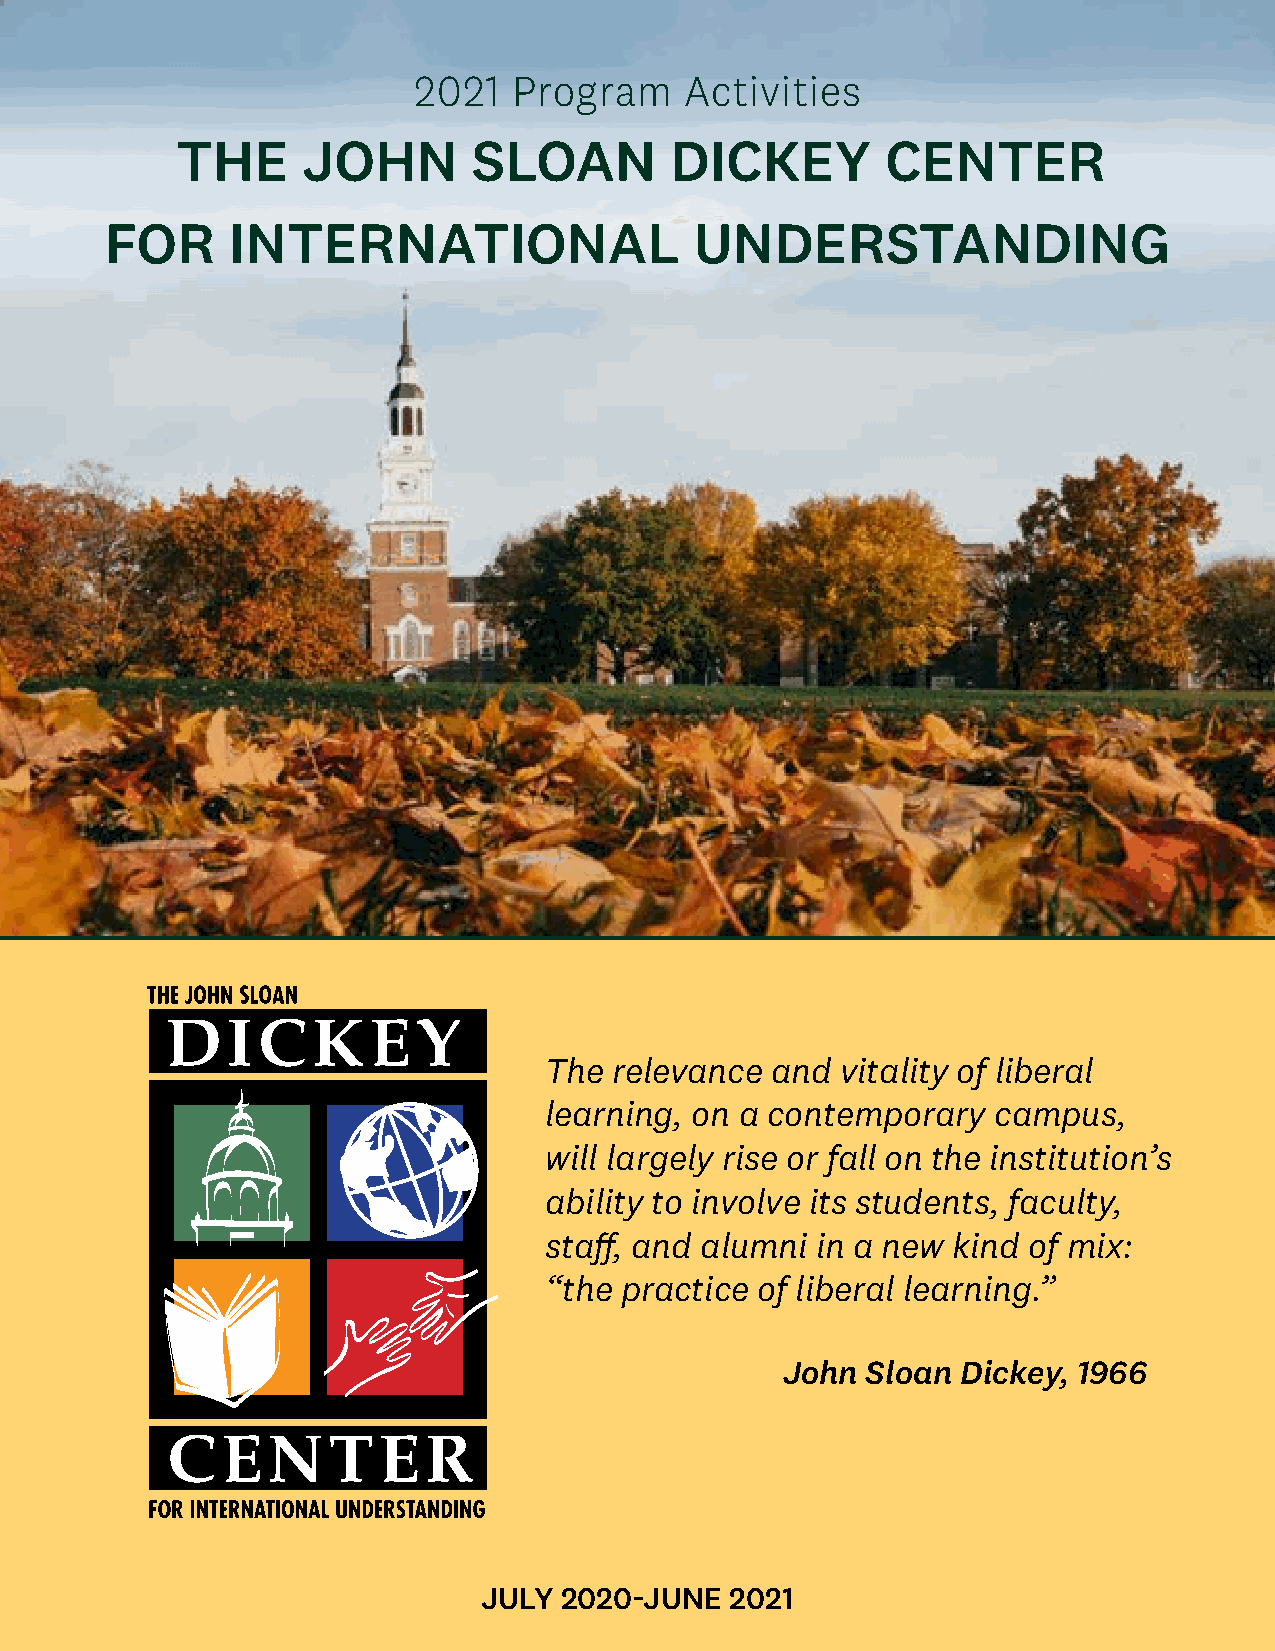
2021   Program    Activities
 THE     JOHN       SLOAN        DICKEY         CENTER
 FOR     INTERNATIONAL                  UNDERSTANDING
 The  relevance and  vitality of liberal
 learning, on a contemporary   campus,
 will largely rise or fall on the institution’s
 ability to involve its students, faculty,
 staff, and alumni in a new kind of mix:
 “the practice of liberal learning.”
 John Sloan  Dickey, 1966
 JULY 2020-JUNE  2021